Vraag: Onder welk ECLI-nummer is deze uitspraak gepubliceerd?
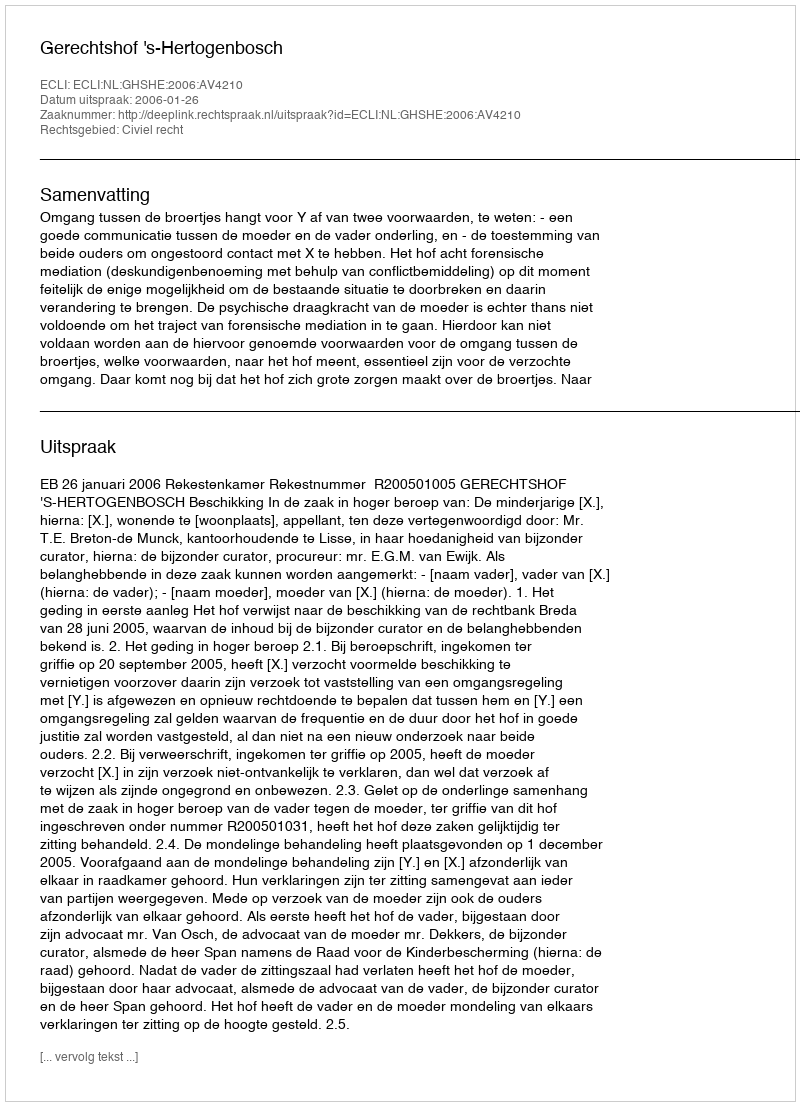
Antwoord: ECLI:NL:GHSHE:2006:AV4210